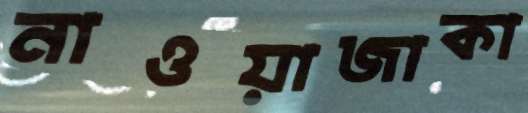
নাওয়াজাকা